Morphology and life history of Herpetomonas culicis, Novy, MacNeal and Torrey - Number 57
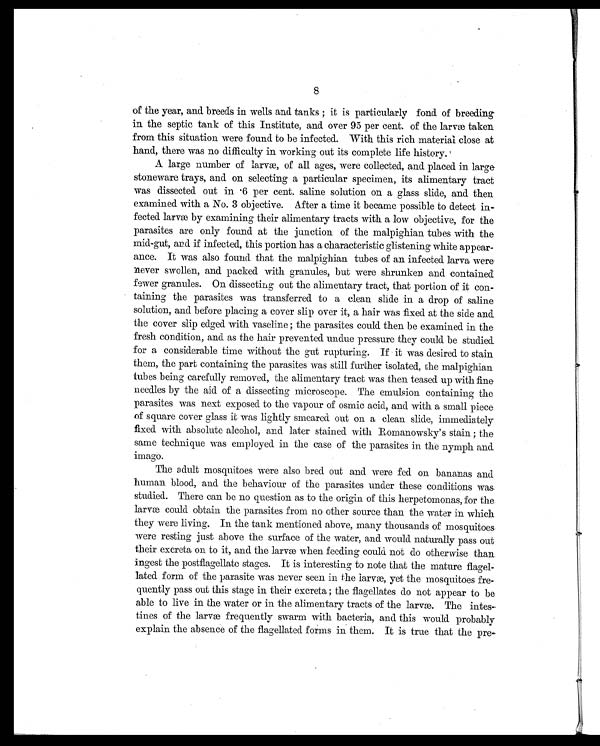
8
of the year, and breeds in wells and tanks ; it is particularly fond. of breeding
in the septic tank of this Institute, and over 95 per cent. of the larvæ taken
from this situation were found to be infected. With this rich material close at
hand, there was no difficulty in working out its complete life history.
A large number of larvæ, of all ages, were collected, and placed in large
stoneware trays, and on selecting a particular specimen, its alimentary tract
was dissected out in .6 per cent. saline solution on a glass slide, and then
examined with a No. 3 objective. After a time it became possible to detect in-
fected larvæ by examining their alimentary tracts with a low objective, for the
parasites are only found at the junction of the malpighian tubes with the
mid-gut, and if infected, this portion has a characteristic glistening white appear-
ance. It was also found that the malpighian tubes of an infected larva were
never swollen, and packed with granules, but were shrunken and contained
fewer granules. On dissecting out the alimentary tract, that portion of it con-
taining the parasites was transferred to a clean slide in a drop of saline
solution, and before placing a cover slip over it, a hair was fixed at the side and
the cover slip edged with vaseline ; the parasites could then be examined in the
fresh condition, and as the hair prevented. undue pressure they could be studied
for a considerable time without the gut rupturing. If it was desired to stain
them, the part containing the parasites was still further isolated, the malpighian
tubes being carefully removed, the alimentary tract was then teased up with fine
needles by the aid of a dissecting microscope. The emulsion containing the
parasites was next exposed to the vapour of osmic acid, and with a small piece
of square cover glass it was lightly smeared out on a clean slide, immediately
fixed with absolute alcohol, and later stained with Romanowsky's stain ; the
same technique was employed in the case of the parasites in the nymph and
imago.
The adult mosquitoes were also bred out and were fed on bananas and
human blood, and the behaviour of the parasites under these conditions was.
studied. There can be no question as to the origin of this herpetomonas, for the
larvæ could obtain the parasites from no other source than the water in which
they were living. In the tank mentioned above, many thousands of mosquitoes.
were resting just above the surface of the water, and would naturally pass out
their excreta on to it, and the larvæ when feeding could not do otherwise than
ingest the postflagellate stages. It is interesting to note that the mature flagel-
lated. form of the parasite was never seen in the larvæ, yet the mosquitoes fre-
quently pass out this stage in their excreta ; the flagellates do not appear to be
able to live in the water or in the alimentary tracts of the larvæ. The intes-
tines of the larvæ frequently swarm with bacteria, and. this would probably
explain the absence of the flagellated forms in them. It is true that the pre-